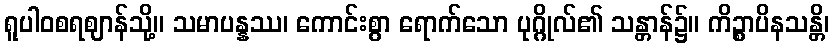
ရူပါဝစရဈာန်သို့။ သမာပန္နဿ၊ ကောင်းစွာ ရောက်သော ပုဂ္ဂိုလ်၏ သန္တာန်၌။ ကိဉ္စာပိနသန္တိ၊